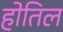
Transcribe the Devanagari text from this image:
होतिल